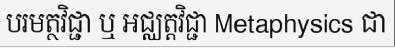
បរមត្ថវិជ្ជា ឬ អជ្ឈត្តវិជ្ជា Metaphysics ជា